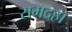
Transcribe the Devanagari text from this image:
रामदहा